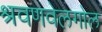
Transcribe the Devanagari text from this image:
श्रवणवेलगोल